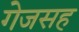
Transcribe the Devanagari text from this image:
गेजसह